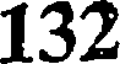
132